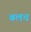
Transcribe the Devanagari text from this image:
बलच